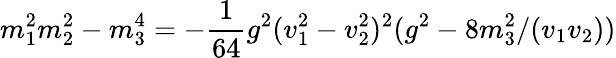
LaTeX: m_{1}^{2}m_{2}^{2}-m_{3}^{4}=-\frac{1}{64}g^{2}(v_{1}^{2}-v_{2}^{2})^{2}(g^{2}-8m_{3}^{2}/(v_{1}v_{2}))